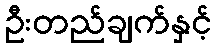
ဦးတည်ချက်နှင့်